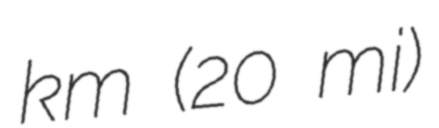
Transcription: km (20 mi)